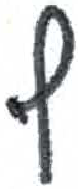
אות: ף